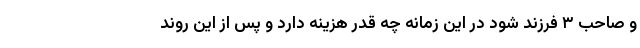
و صاحب ۳ فرزند شود در این زمانه چه قدر هزینه دارد و پس از این روند